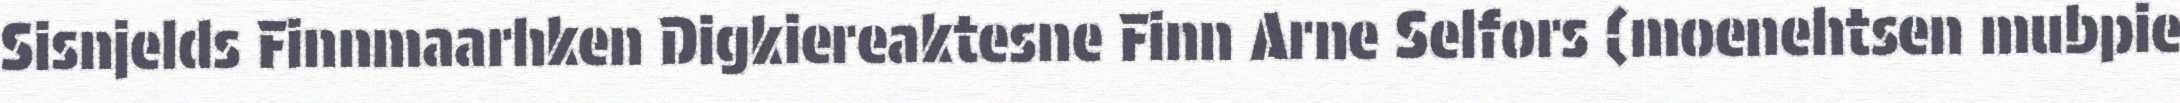
Sisnjelds Finnmaarhken Digkiereaktesne Finn Arne Selfors (moenehtsen mubpie